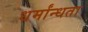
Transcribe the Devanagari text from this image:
धर्मांन्धता